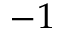
- 1